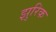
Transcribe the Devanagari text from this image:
झुरिक